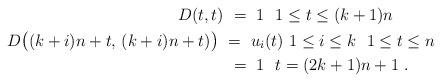
LaTeX: \begin{align*}D(t,t) &\ =\ 1 \ \ 1\leq t \leq (k+1)n \\D\big((k+i)n+t,\, (k+i)n+t)\big)\ & =\ u_i(t)\ 1\leq i \leq k \ \ 1\leq t \leq n \\ &\ =\ 1 \ \ t=(2k+1)n +1 \ .\end{align*}